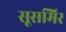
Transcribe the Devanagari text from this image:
सूसमिर